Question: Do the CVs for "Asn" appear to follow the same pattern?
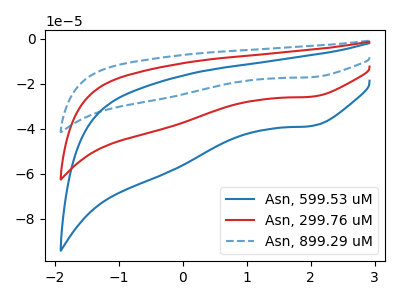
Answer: <think>The blue curve "Asn, 599.53 uM" has a cathodic peak at: (2.00V, -38.80uA). The red curve "Asn, 299.76 uM" has a cathodic peak at: (2.00V, -25.80uA). The blue dashed curve "Asn, 899.29 uM" has a cathodic peak at: (2.00V, -51.55uA).
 All the peaks in "Asn, 599.53 uM" have a peak in "Asn, 299.76 uM" at the same potential. Every peak in "Asn, 599.53 uM" is higher than every peak in "Asn, 299.76 uM". All the peaks in "Asn, 599.53 uM" have a peak in "Asn, 899.29 uM" at the same potential. Every peak in "Asn, 599.53 uM" is lower than every peak in "Asn, 899.29 uM". All the peaks in "Asn, 299.76 uM" have a peak in "Asn, 899.29 uM" at the same potential. Every peak in "Asn, 299.76 uM" is lower than every peak in "Asn, 899.29 uM".</think>
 <answer>All the CV's of "Asn" have similar shape.</answer>
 <eval>follow_rule</eval>